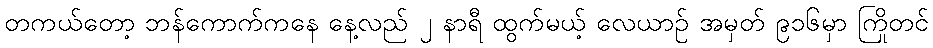
တကယ်တော့ ဘန်ကောက်ကနေ နေ့လည် ၂ နာရီ ထွက်မယ့် လေယာဉ် အမှတ် ၉၁၆မှာ ကြိုတင်